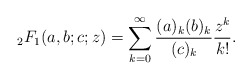
\begin{align*}{}_2F_1(a, b; c; z) = \sum_{k=0}^\infty\frac{(a)_k(b)_k}{(c)_k}\frac{z^k}{k!}.\end{align*}